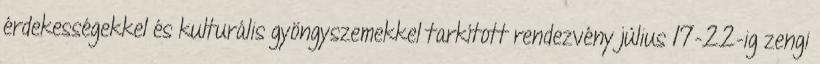
érdekességekkel és kulturális gyöngyszemekkel tarkított rendezvény július 17-22-ig zengi